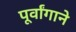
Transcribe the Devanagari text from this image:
पूर्वांगाने